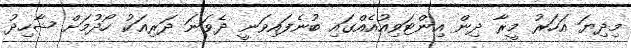
މިދިޔަ އަހަރު މީރާ ދިން އިންޓަވިއުއެއްގައި ބުނެފައިވަނީ ދެވަނަ ދަރިއަކު ހޯދުމަށް ޝާހިދު